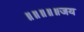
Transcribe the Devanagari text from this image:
॥॥॥॥॥जय